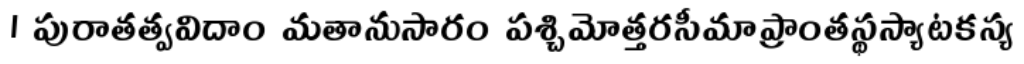
। పురాతత్వవిదాం మతానుసారం పశ్చిమోత్తరసీమాప్రాంతస్థస్యాటకస్య